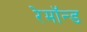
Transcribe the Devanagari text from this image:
रेमॉन्ड